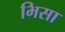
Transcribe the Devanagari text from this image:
भिसा